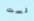
لست